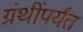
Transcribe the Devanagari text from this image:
ग्रंथींपर्यंत